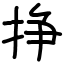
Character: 挣